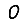
Digit: 0